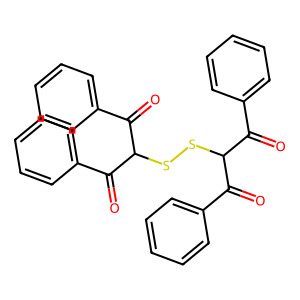
SMILES: O=C(c1ccccc1)C(SSC(C(=O)c1ccccc1)C(=O)c1ccccc1)C(=O)c1ccccc1
Inhibits HIV replication: No